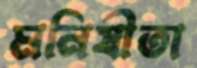
মনিষীতা